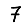
Digit: 7